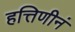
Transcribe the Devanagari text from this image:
हत्तिणीनं